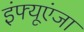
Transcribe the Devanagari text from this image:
इंफ्यूएंजा